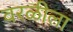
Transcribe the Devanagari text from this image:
वरळीला